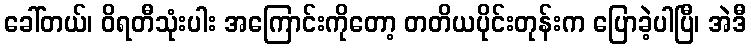
ခေါ်တယ်၊ ဝိရတီသုံးပါး အကြောင်းကိုတော့ တတိယပိုင်းတုန်းက ပြောခဲ့ပါပြီ၊ အဲဒီ